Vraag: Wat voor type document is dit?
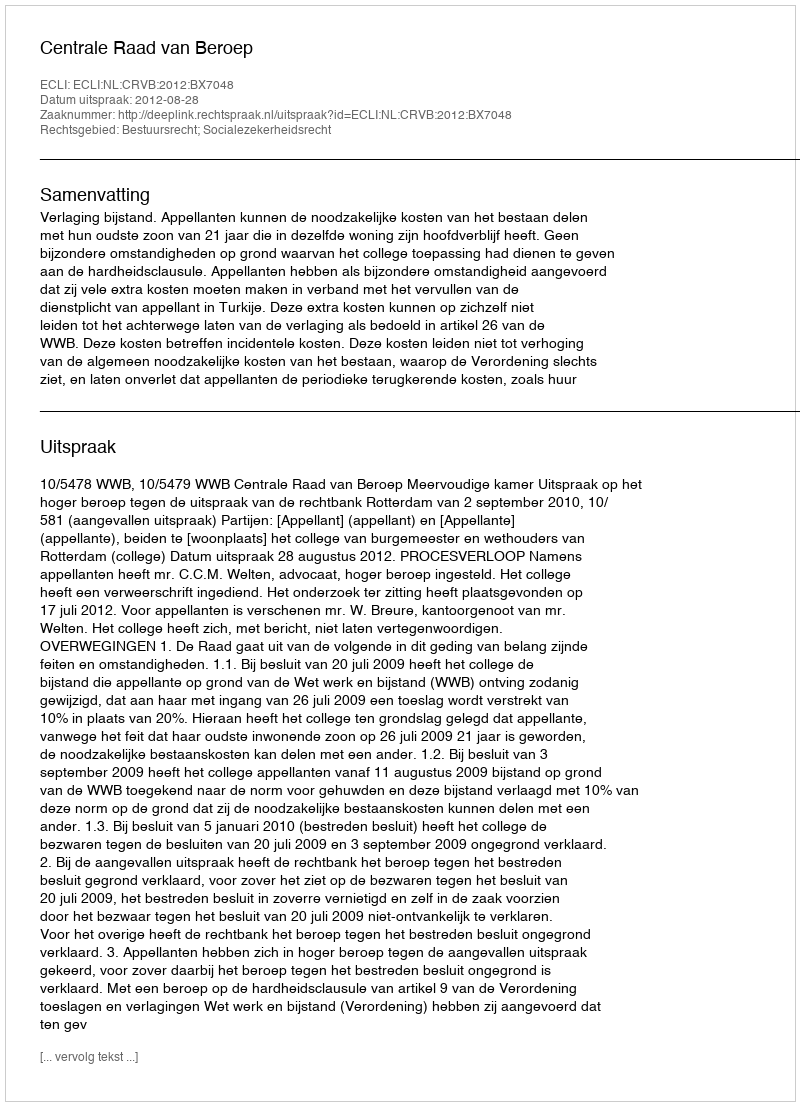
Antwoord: Uitspraak